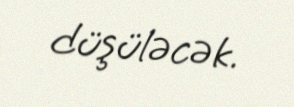
düşüləcək.